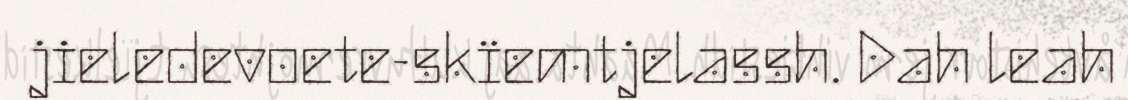
jieledevoete-skïemtjelassh. Dah leah